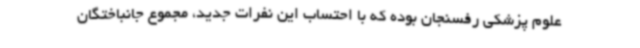
علوم پزشکی رفسنجان بوده که با احتساب این نفرات جدید، مجموع جانباختگان